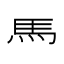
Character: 𱄴